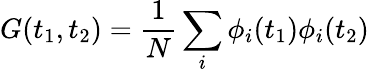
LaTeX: G(t_{1},t_{2})=\frac{1}{N}\sum_{i}\phi_{i}(t_{1})\phi_{i}(t_{2})